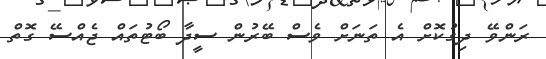
ރަންވޭ ދިގުކޮށް އެ ތަނަށް ވެސް ބޭރުން ސީދާ ބޯޓުތައް ޖެއްސޭ ގޮތް